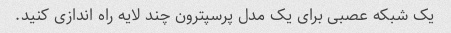
یک شبکه عصبی برای یک مدل پرسپترون چند لایه راه اندازی کنید.